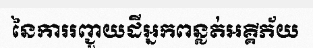
នៃការរញ្ជួយដីអ្នកពន្លត់អគ្គីភ័យ